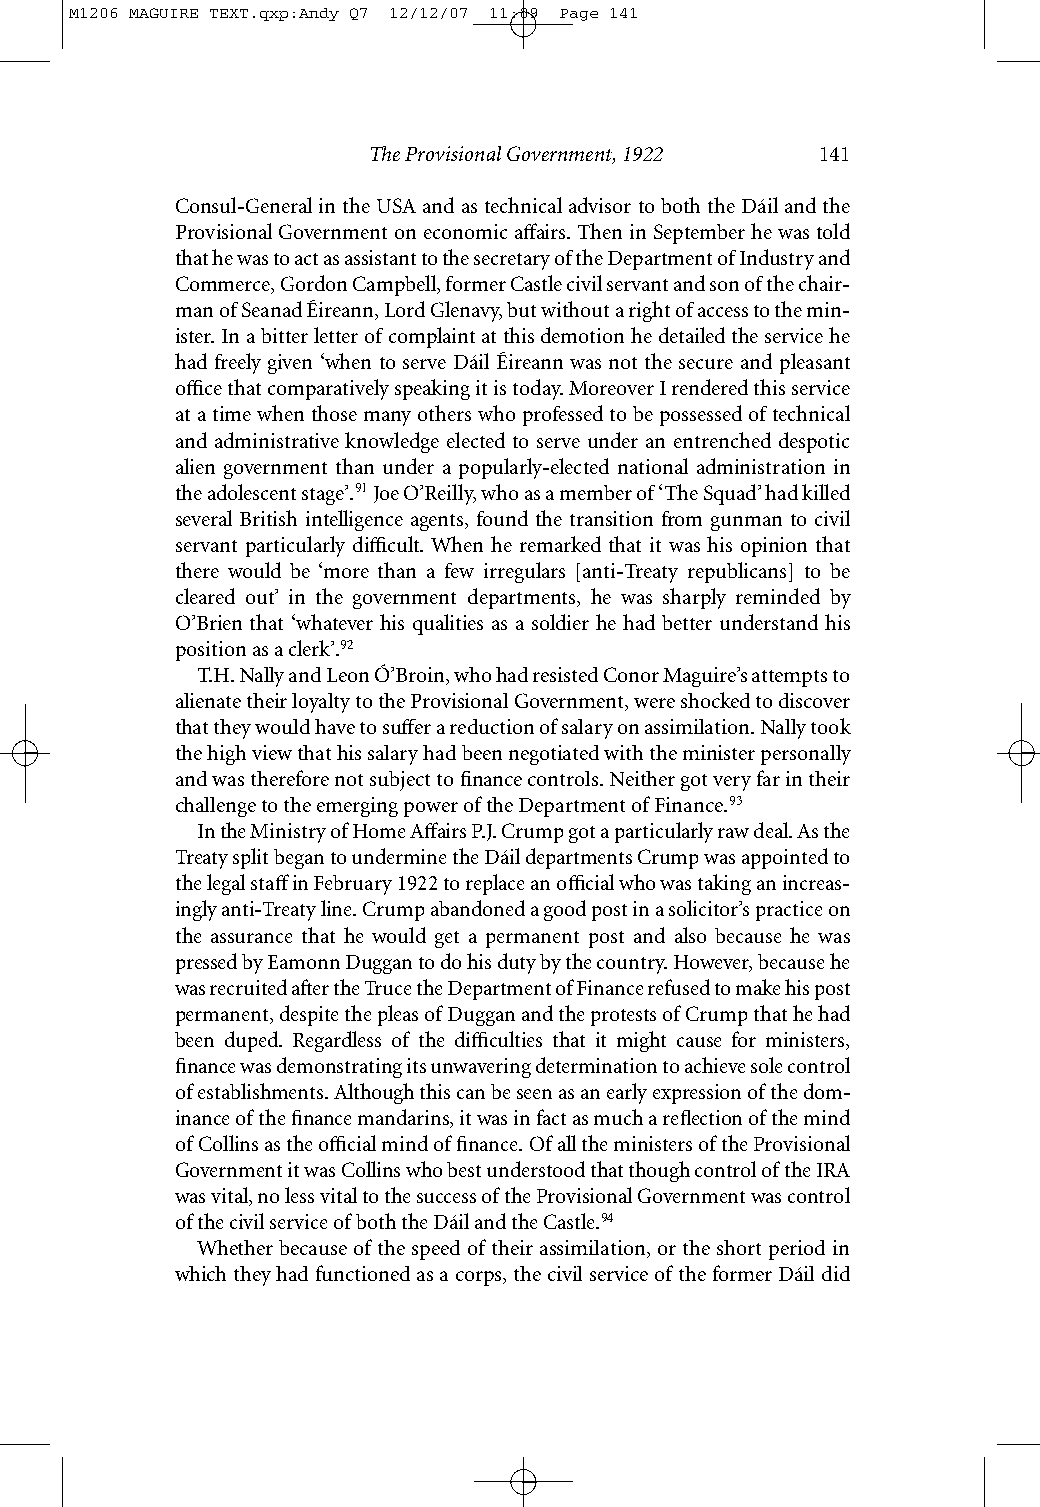
M1206 MAGUIRE TEXT.qxp:Andy Q7 12/12/07 11:09 Page 141
 The Provisional Government, 1922 141
 Consul-General in the USA and as technical advisor to both the Dáil and the
 Provisional Government on economic affairs. Then in September he was told
 that he was to act as assistant to the secretary of the Department of Industry and
 Commerce, Gordon Campbell, former Castle civil servant and son of the chair-
 man of Seanad Éireann, Lord Glenavy, but without a right of access to the min-
 ister. In a bitter letter of complaint at this demotion he detailed the service he
 had freely given ‘when to serve Dáil Éireann was not the secure and pleasant
 office that comparatively speaking it is today. Moreover I rendered this service
 at a time when those many others who professed to be possessed of technical
 and administrative knowledge elected to serve under an entrenched despotic
 alien government than under a popularly-elected national administration in
 the adolescent stage’.91Joe O’Reilly, who as a member of ‘The Squad’ had killed
 several British intelligence agents, found the transition from gunman to civil
 servant particularly difficult. When he remarked that it was his opinion that
 there would be ‘more than a few irregulars [anti-Treaty republicans] to be
 cleared out’ in the government departments, he was sharply reminded by
 O’Brien that ‘whatever his qualities as a soldier he had better understand his
 position as a clerk’.92
 T.H. Nally and Leon Ó’Broin, who had resisted Conor Maguire’s attempts to
 alienate their loyalty to the Provisional Government, were shocked to discover
 that they would have to suffer a reduction of salary on assimilation. Nally took
 the high view that his salary had been negotiated with the minister personally
 and was therefore not subject to finance controls. Neither got very far in their
 challenge to the emerging power of the Department of Finance.93
 In the Ministry of Home Affairs P.J. Crump got a particularly raw deal. As the
 Treaty split began to undermine the Dáil departments Crump was appointed to
 the legal staffin February 1922 to replace an official who was taking an increas-
 ingly anti-Treaty line. Crump abandoned a good post in a solicitor’s practice on
 the assurance that he would get a permanent post and also because he was
 pressed by Eamonn Duggan to do his duty by the country. However, because he
 was recruited after the Truce the Department of Finance refused to make his post
 permanent, despite the pleas of Duggan and the protests of Crump that he had
 been duped. Regardless of the difficulties that it might cause for ministers,
 finance was demonstrating its unwavering determination to achieve sole control
 of establishments. Although this can be seen as an early expression of the dom-
 inance of the finance mandarins, it was in fact as much a reflection of the mind
 of Collins as the official mind of finance. Of all the ministers of the Provisional
 Government it was Collins who best understood that though control of the IRA
 was vital, no less vital to the success of the Provisional Government was control
 of the civil service of both the Dáil and the Castle.94
 Whether because of the speed of their assimilation, or the short period in
 which they had functioned as a corps, the civil service of the former Dáil did